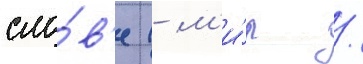
сло́в'е (- м'и́р /